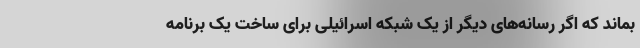
بماند که اگر رسانه‌های دیگر از یک شبکه اسرائیلی برای ساخت یک برنامه